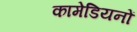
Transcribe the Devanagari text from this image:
कामेडियनों